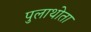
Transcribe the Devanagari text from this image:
पुलाथोता